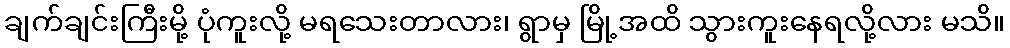
ချက်ချင်းကြီးမို့ ပုံကူးလို့ မရသေးတာလား၊ ရွာမှ မြို့အထိ သွားကူးနေရလို့လား မသိ။